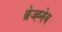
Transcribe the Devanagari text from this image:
ब्रेज्ह्नेव